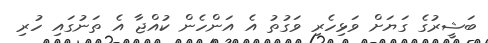
ބަޝީރުގެ ގަޔަށް ވަޅިހެރި ވަގުތު އެ އަންހެން ކުއްޖާ އެ ތަނުގައި ހުރި